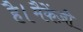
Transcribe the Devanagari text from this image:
है।मैकेंज़ी